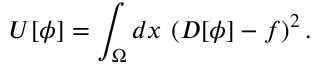
U [ \phi ] = \int _ { \Omega } d x \: \left( D [ \phi ] - f \right) ^ { 2 } .